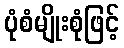
ပုံစံမျိုးစုံဖြင့်